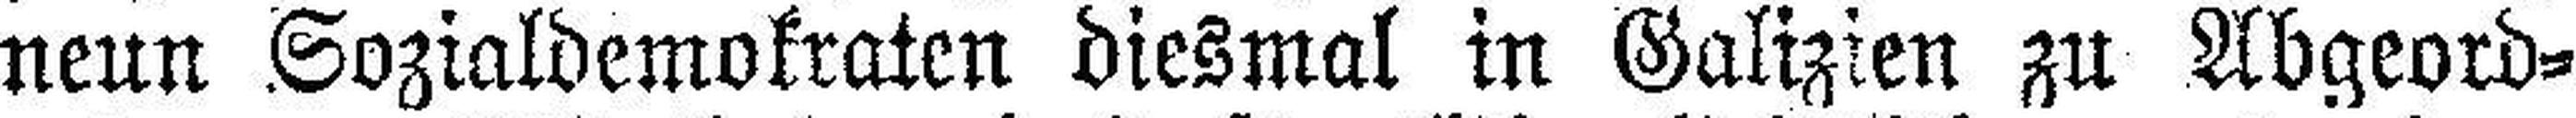
neun Sozialdemokraten diesmal in Galizien zu Abgeord¬